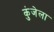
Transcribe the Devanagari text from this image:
कुंजेला